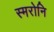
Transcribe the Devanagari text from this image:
स्मरोनि